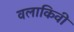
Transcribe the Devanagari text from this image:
वलाकिवी